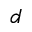
d